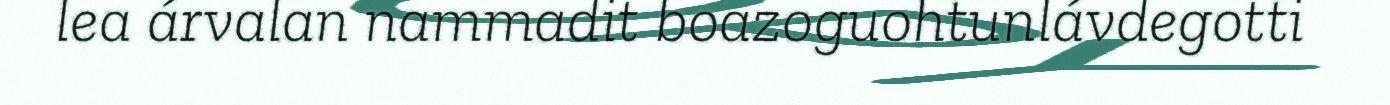
lea árvalan nammadit boazoguohtunlávdegotti